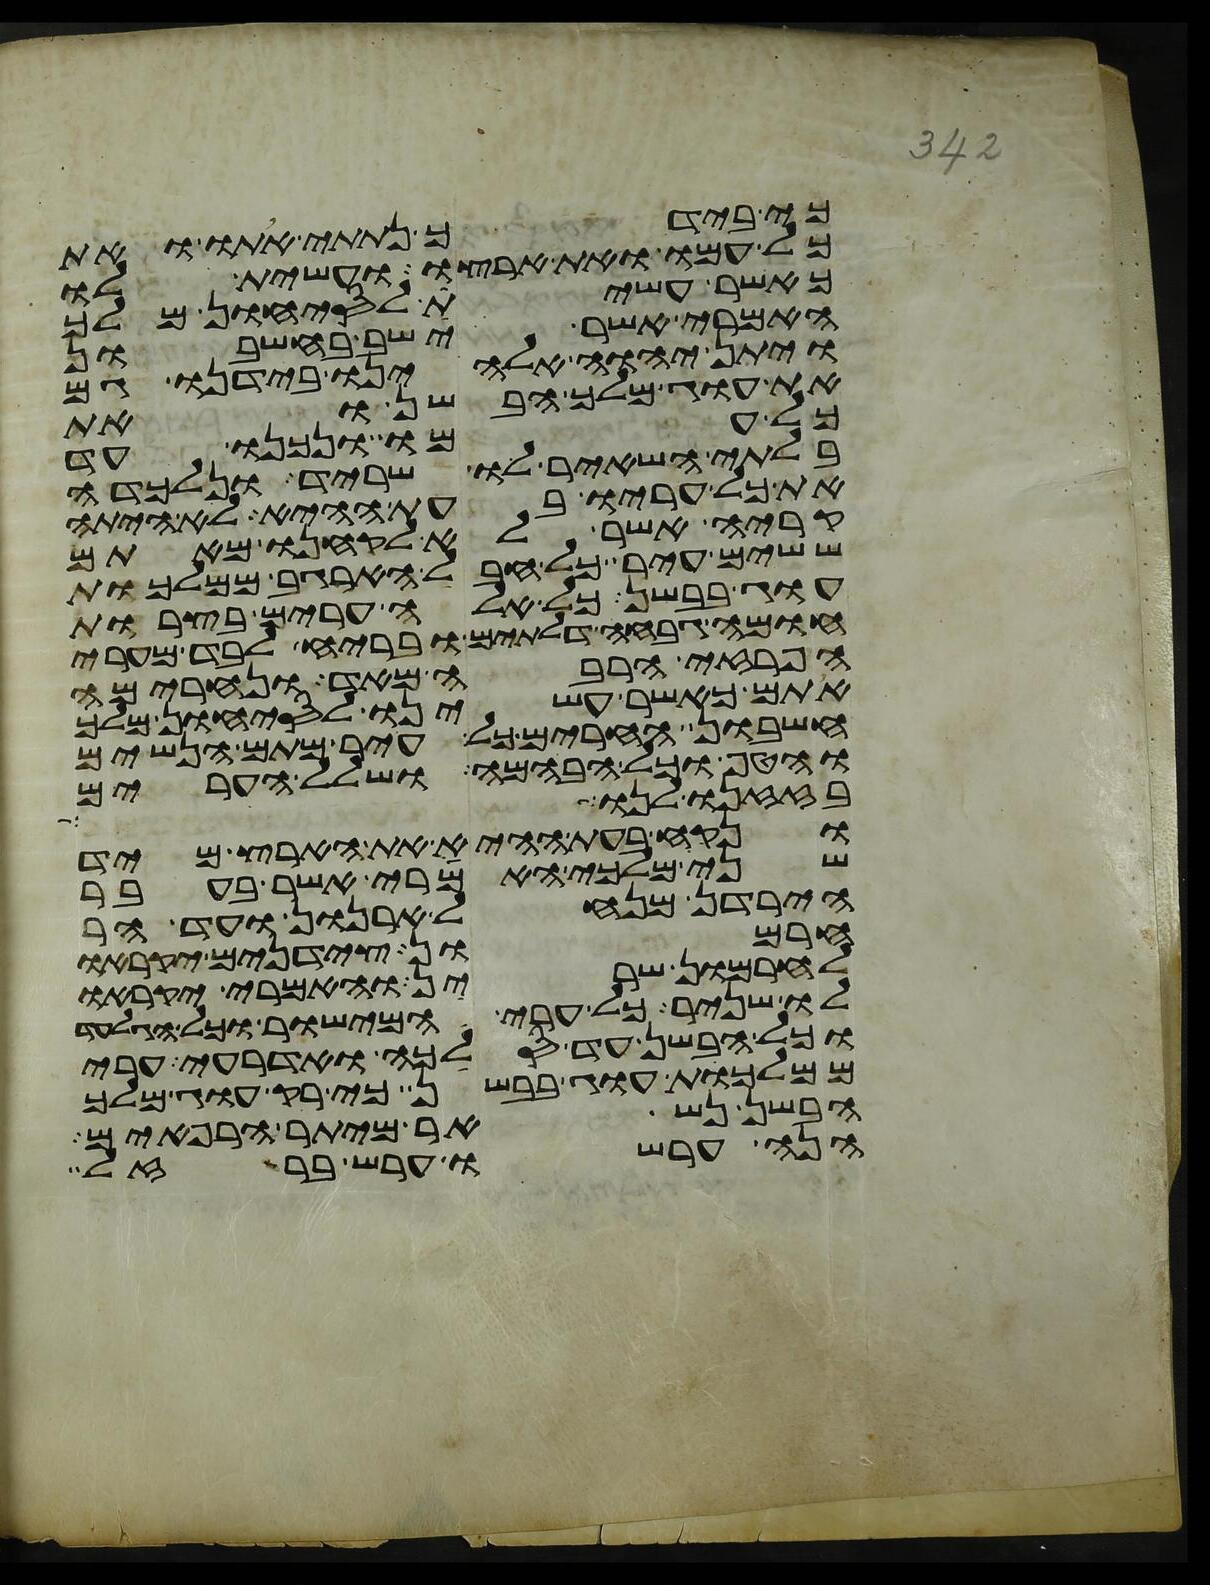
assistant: כי בידך נתתי אתו ואת
כל עמו ואת ארצו ועשית לו
כאשר עשית לסיחון מלך
האמרי אשר ישב בחשבון
ויתן יהוה אלהינו בידנו גם
את עוג מלך הבשן ואת
כל עמו ונכנו עד
בלתי השאיר לו שריד ונלכדה
את כל עריו בעת ההיא לא היתה
קריה אשר לא לקחנו מאתם
ששים עיר כל חבל הארגב ממלכות
עוג בבשן כל אלה ערים בצרות
חומה גבחה דלתים ובריח לבד מערי
הפרזי הרבה מאד ונחרימה
אתם כאשר עשינו לסיחון מלך
חשבון החרים כל עיר מתם הנשים
והטף וכל הבהמה ושלל הערים
בזזנו לנו
ונקח בעת ההיא את הארץ מיד
שני מלכי האמרי אשר בעבר
הירדן מנחל ארנן ועד הר
חרמון צידנים יקראו
לחרמון שרין והאמרי יקראו
לו שניר כל ערי המישור וכל הגלעד
וכל הבשן עד סלכה ואדרעי ערי
ממלכת עוג בבשן כי רק עוג מלך
הבשן נשאר מיתר הרפאים
הנה ערשו ערש ברזל